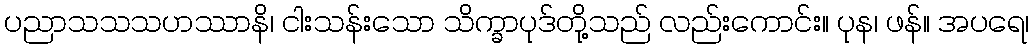
ပညာသသသဟဿာနိ၊ ငါးသန်းသော သိက္ခာပုဒ်တို့သည် လည်းကောင်း။ ပုန၊ ဖန်။ အပရေ၊